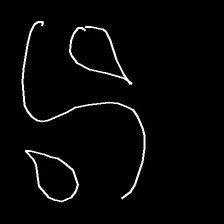
Glyph: water